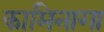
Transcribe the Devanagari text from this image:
कामिनागा